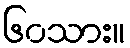
၆၀သား။